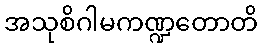
အသုစိဂါမကဏ္ဍတောတိ